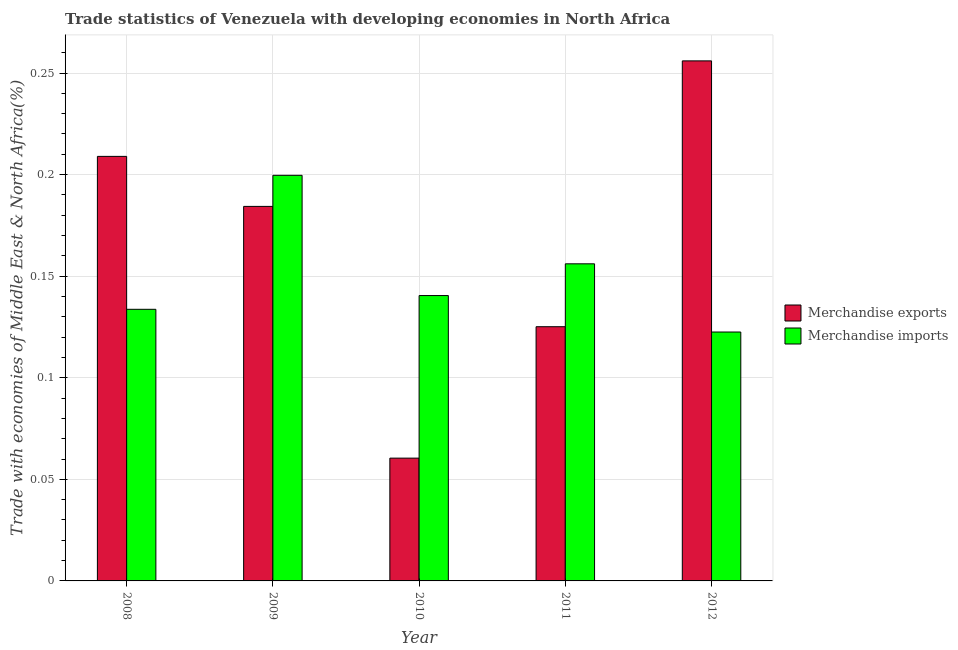
| Year | Merchandise exports | Merchandise imports |
 | --- | --- | --- |
 | 2008 | 0.209 | 0.134 |
 | 2009 | 0.184 | 0.2 |
 | 2010 | 0.0604 | 0.14 |
 | 2011 | 0.125 | 0.156 |
 | 2012 | 0.256 | 0.123 |